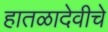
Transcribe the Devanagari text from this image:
हातळादेवीचे